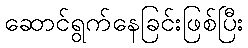
ဆောင်ရွက်နေခြင်းဖြစ်ပြီး